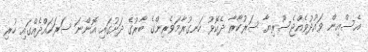
އެސްއިން ވައުދުވެއްޖެސޫރިޔާ ސަރުކާރާ ދެކޮޅު ހަނގުރާމަވެރިންގެ ބާރުގެ ދަށުގައި އޮންނަ ސަރަހައްދެއްގައި ހުރި